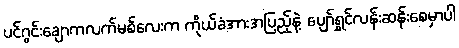
ပင်ဂွင်းချောကလက်မစ်လေးက ကိုယ်ခံအားအပြည့်နဲ့ ပျော်ရွှင်လန်းဆန်းစေမှာပါ